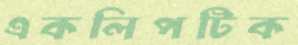
একলিপটিক